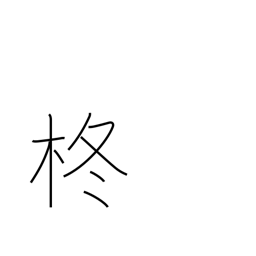
Meaning: holly